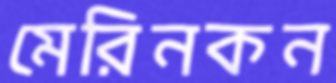
মেরিনকন